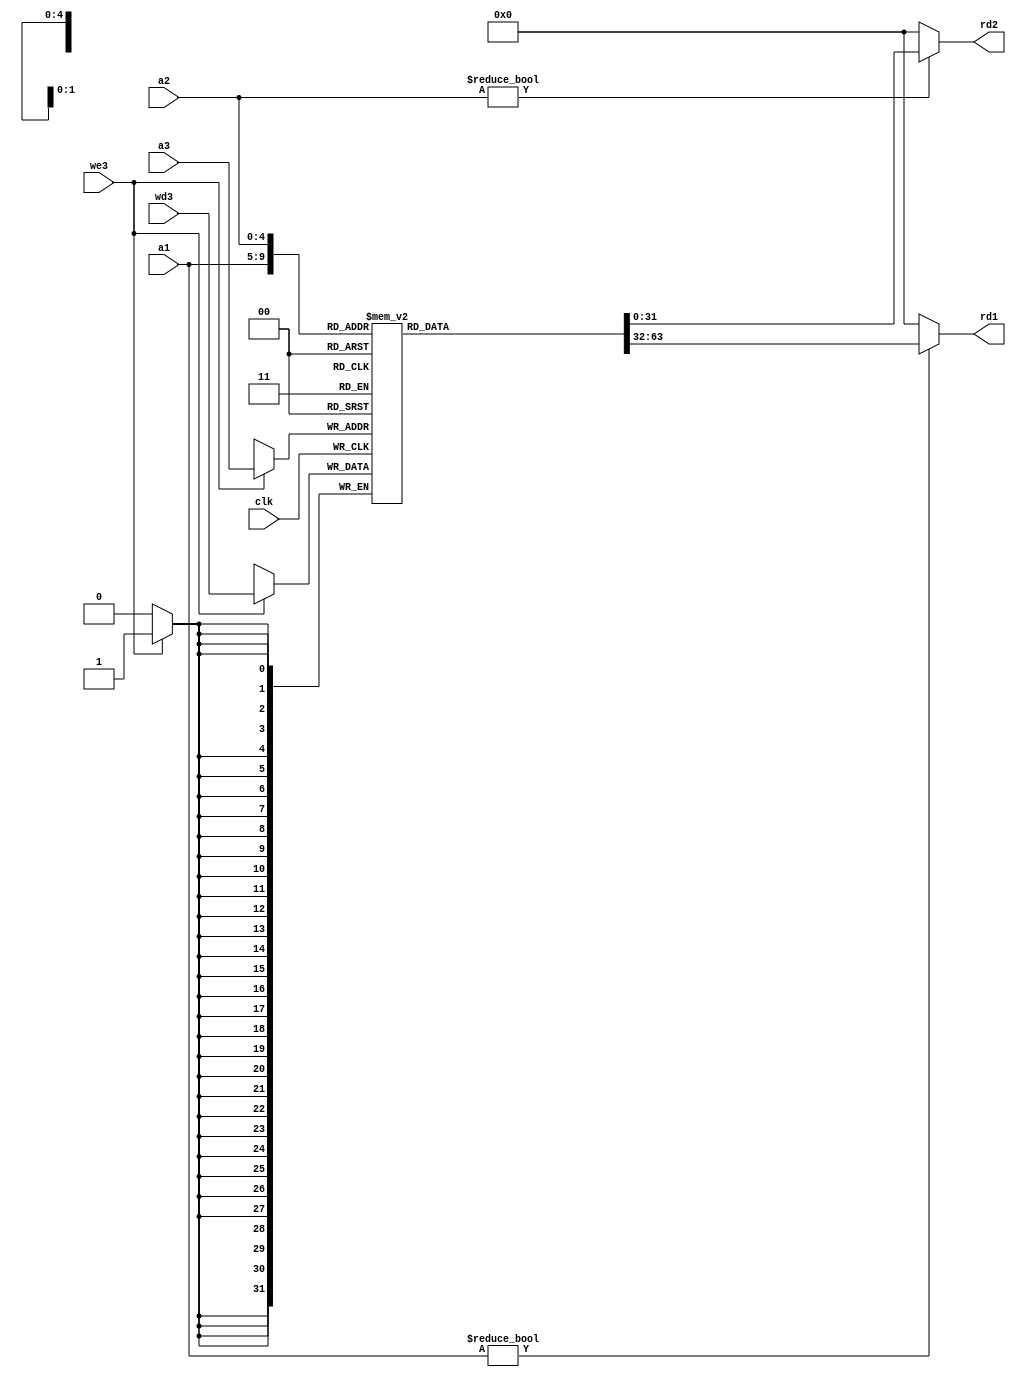
module reg_file(
    input           clk,
    input           we3,
    input   [4:0]   a1, a2, a3, //32 regs addresses
    input   [31:0]  wd3,
    output  reg [31:0]  rd1, rd2    
);

reg [31:0]rf[31:0]; //32 regs 32 bits

integer i;
initial begin
    for(i = 0; i<32; i = i + 1)
        rf[i] = 32'h00000000;
end

always @(posedge clk) begin
    if (we3) rf[a3] <= wd3;    
        
   // if(a1 !=0) rd1 <= rf[a1];
   // else rd1 <= 0;
   // if(a2 !=0) rd2 <= rf[a2];
   // else rd2 <= 0;    
end

always @* begin
    if(a1 !=0) rd1 = rf[a1];
    else rd1 = 0;
    if(a2 !=0) rd2 = rf[a2];
    else rd2 = 0; 
end
// reg[0] allways 0
endmodule